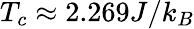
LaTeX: T_{c}\approx 2.269J/k_{B}